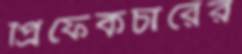
প্রিফেকচারের